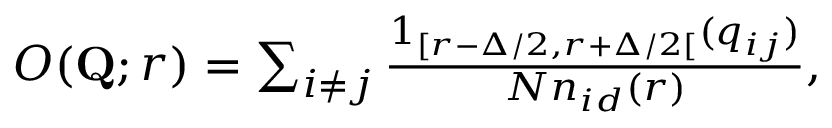
\begin{array} { r } { O ( \mathbf { Q } ; r ) = \sum _ { i \neq j } \frac { 1 _ { [ r - \Delta / 2 , r + \Delta / 2 [ } ( q _ { i j } ) } { N n _ { i d } ( r ) } , } \end{array}